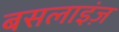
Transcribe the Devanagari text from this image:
बसलाइंज़